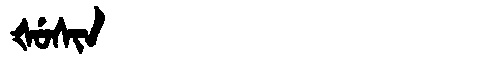
Manchu: ᡧᡠᠰᡳᠨ
Romanization: ŠUSIN